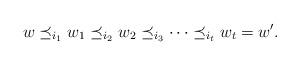
LaTeX: \begin{align*}w \preceq_{i_{1}} w_{1} \preceq_{i_{2}} w_{2} \preceq_{i_{3}} \dotsb \preceq_{i_{t}} w_{t} = w'.\end{align*}